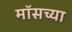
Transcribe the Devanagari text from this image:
मॉसच्या